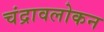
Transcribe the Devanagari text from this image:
चंद्रावलोकन